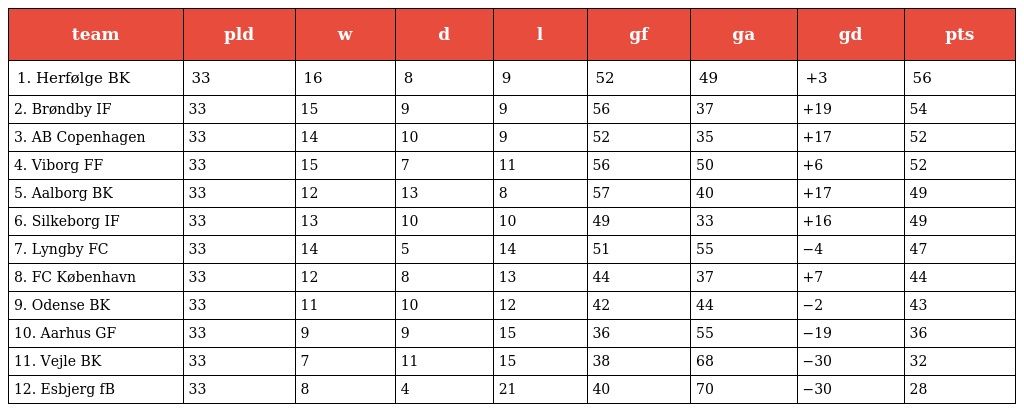
| team | pld | w | d | l | gf | ga | gd | pts |
 | --- | --- | --- | --- | --- | --- | --- | --- | --- |
 | 1. Herfølge BK | 33 | 16 | 8 | 9 | 52 | 49 | +3 | 56 |
 | 2. Brøndby IF | 33 | 15 | 9 | 9 | 56 | 37 | +19 | 54 |
 | 3. AB Copenhagen | 33 | 14 | 10 | 9 | 52 | 35 | +17 | 52 |
 | 4. Viborg FF | 33 | 15 | 7 | 11 | 56 | 50 | +6 | 52 |
 | 5. Aalborg BK | 33 | 12 | 13 | 8 | 57 | 40 | +17 | 49 |
 | 6. Silkeborg IF | 33 | 13 | 10 | 10 | 49 | 33 | +16 | 49 |
 | 7. Lyngby FC | 33 | 14 | 5 | 14 | 51 | 55 | −4 | 47 |
 | 8. FC København | 33 | 12 | 8 | 13 | 44 | 37 | +7 | 44 |
 | 9. Odense BK | 33 | 11 | 10 | 12 | 42 | 44 | −2 | 43 |
 | 10. Aarhus GF | 33 | 9 | 9 | 15 | 36 | 55 | −19 | 36 |
 | 11. Vejle BK | 33 | 7 | 11 | 15 | 38 | 68 | −30 | 32 |
 | 12. Esbjerg fB | 33 | 8 | 4 | 21 | 40 | 70 | −30 | 28 |